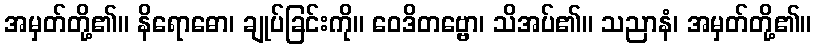
အမှတ်တို့၏။ နိရောဓော၊ ချုပ်ခြင်းကို။ ဝေဒိတဗ္ဗော၊ သိအပ်၏။ သညာနံ၊ အမှတ်တို့၏။